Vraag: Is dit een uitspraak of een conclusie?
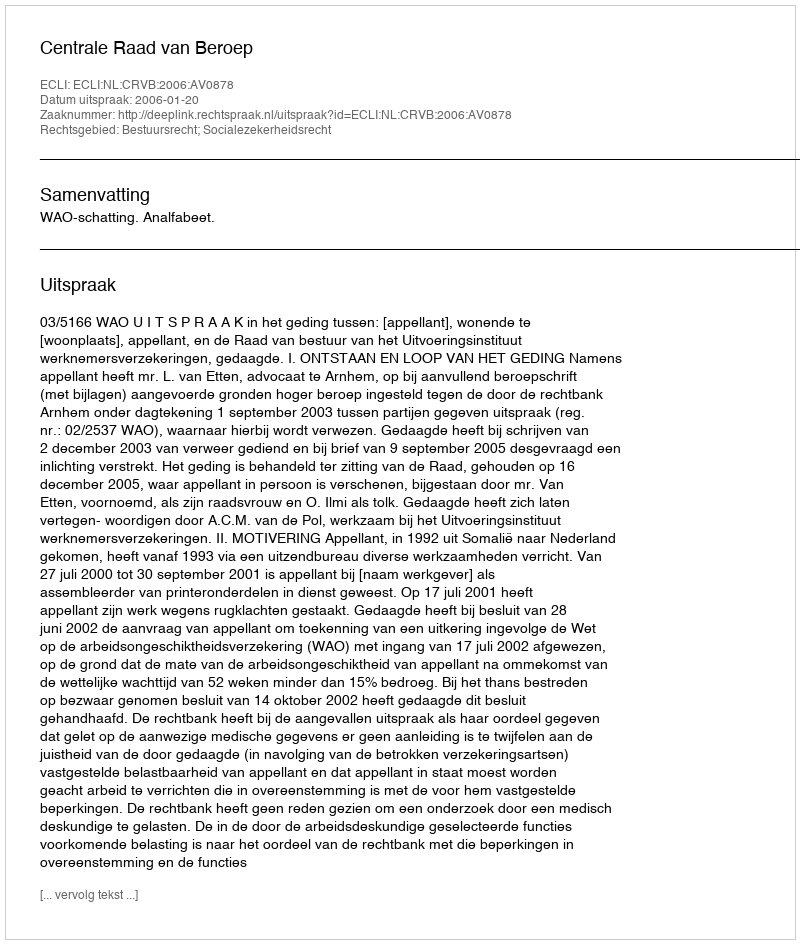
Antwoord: Uitspraak